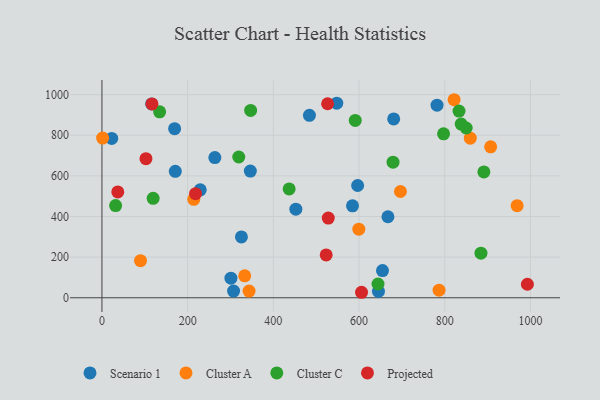
{"axis": {"x": "Experience", "y": "Fuel Efficiency"}, "legend": ["Cluster A", "Cluster C", "Projected", "Scenario 1"], "data": [{"x": "596.7", "y": 552.6, "type": "Scenario 1"}, {"x": "548.0", "y": 957.9, "type": "Scenario 1"}, {"x": "169.6", "y": 832.2, "type": "Scenario 1"}, {"x": "263.5", "y": 690.1, "type": "Scenario 1"}, {"x": "22.8", "y": 784.5, "type": "Scenario 1"}, {"x": "645.3", "y": 31.1, "type": "Scenario 1"}, {"x": "301.0", "y": 96.3, "type": "Scenario 1"}, {"x": "346.3", "y": 623.8, "type": "Scenario 1"}, {"x": "484.2", "y": 898.3, "type": "Scenario 1"}, {"x": "654.7", "y": 133.9, "type": "Scenario 1"}, {"x": "307.2", "y": 33.1, "type": "Scenario 1"}, {"x": "452.5", "y": 436.1, "type": "Scenario 1"}, {"x": "782.0", "y": 948.1, "type": "Scenario 1"}, {"x": "229.4", "y": 531.2, "type": "Scenario 1"}, {"x": "584.7", "y": 452.7, "type": "Scenario 1"}, {"x": "680.8", "y": 880.5, "type": "Scenario 1"}, {"x": "325.5", "y": 299.6, "type": "Scenario 1"}, {"x": "667.4", "y": 398.7, "type": "Scenario 1"}, {"x": "171.2", "y": 622.6, "type": "Scenario 1"}, {"x": "115.9", "y": 954.0, "type": "Scenario 1"}, {"x": "907.1", "y": 743.1, "type": "Cluster A"}, {"x": "821.8", "y": 974.9, "type": "Cluster A"}, {"x": "343.4", "y": 33.0, "type": "Cluster A"}, {"x": "1.6", "y": 786.3, "type": "Cluster A"}, {"x": "599.5", "y": 337.5, "type": "Cluster A"}, {"x": "859.6", "y": 785.5, "type": "Cluster A"}, {"x": "786.7", "y": 37.5, "type": "Cluster A"}, {"x": "214.3", "y": 484.7, "type": "Cluster A"}, {"x": "333.2", "y": 108.2, "type": "Cluster A"}, {"x": "696.6", "y": 523.0, "type": "Cluster A"}, {"x": "968.9", "y": 453.3, "type": "Cluster A"}, {"x": "90.0", "y": 182.5, "type": "Cluster A"}, {"x": "319.3", "y": 692.9, "type": "Cluster C"}, {"x": "134.6", "y": 915.1, "type": "Cluster C"}, {"x": "679.3", "y": 667.5, "type": "Cluster C"}, {"x": "797.2", "y": 806.8, "type": "Cluster C"}, {"x": "644.2", "y": 67.8, "type": "Cluster C"}, {"x": "850.0", "y": 835.8, "type": "Cluster C"}, {"x": "891.3", "y": 619.4, "type": "Cluster C"}, {"x": "31.9", "y": 453.9, "type": "Cluster C"}, {"x": "591.1", "y": 873.1, "type": "Cluster C"}, {"x": "833.3", "y": 918.9, "type": "Cluster C"}, {"x": "347.0", "y": 922.2, "type": "Cluster C"}, {"x": "119.5", "y": 489.5, "type": "Cluster C"}, {"x": "436.9", "y": 535.9, "type": "Cluster C"}, {"x": "884.5", "y": 219.6, "type": "Cluster C"}, {"x": "838.4", "y": 855.2, "type": "Cluster C"}, {"x": "102.7", "y": 684.6, "type": "Projected"}, {"x": "523.3", "y": 211.0, "type": "Projected"}, {"x": "116.7", "y": 954.3, "type": "Projected"}, {"x": "37.0", "y": 521.1, "type": "Projected"}, {"x": "528.2", "y": 392.2, "type": "Projected"}, {"x": "605.8", "y": 27.0, "type": "Projected"}, {"x": "992.8", "y": 66.5, "type": "Projected"}, {"x": "526.6", "y": 955.1, "type": "Projected"}, {"x": "218.4", "y": 512.5, "type": "Projected"}]}